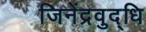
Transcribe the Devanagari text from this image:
जिनेंद्रवुद्धि